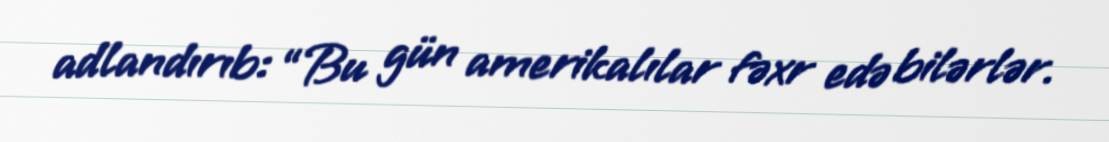
adlandırıb: “Bu gün amerikalılar fəxr edə bilərlər.